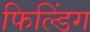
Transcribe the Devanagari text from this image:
फिल्डिंग